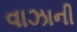
વાઝાની